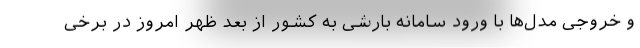
و خروجی مدل‌ها با ورود سامانه بارشی به کشور از بعد ظهر امروز در برخی